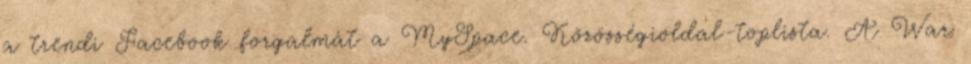
a trendi Facebook forgalmát a MySpace. Közösségioldal-toplista. A War